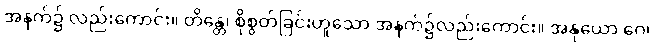
အနက်၌ လည်းကောင်း။ တိန္တေ၊ စိုစွတ်ခြင်းဟူသော အနက်၌လည်းကောင်း။ အနုယော ဂေ၊